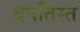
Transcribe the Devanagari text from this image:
बपतिस्त